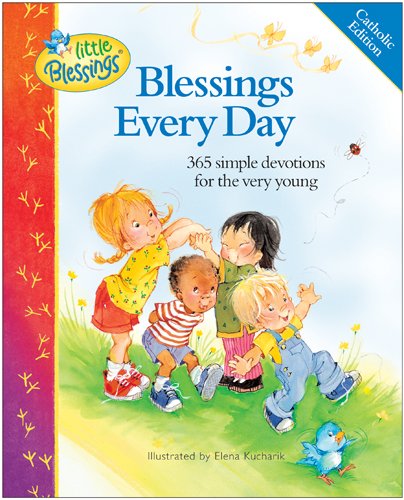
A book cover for Blessings Every Day: 365 Simple Devotions for the Very Young (Little Blessings); Carla Barnhill; Children's Books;